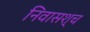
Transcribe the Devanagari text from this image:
निवासश्च